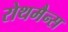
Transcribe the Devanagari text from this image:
रोथमैन्स